Statistical return of the lunatic asylum in Assam - 1912-1932
Year: 1912
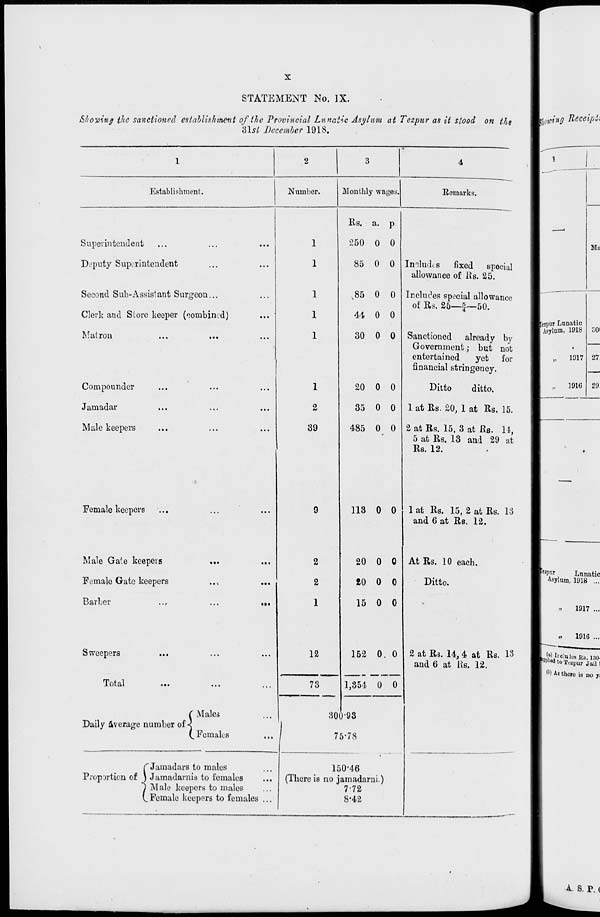
STATEMENT No. IX.
Shoving the sanctioned establishment of (he Provincial Lunatic Asylum at Tezpur as it stood on the
Slsl December 1918.
Establishment.
Number.
Monthly wages.
Remarks.
Superintendent
Deputy Superintendent
Second Sub-Assistant Surgeon...
Clerk and Store keeper (combined)
Matron
Compounder
Jamadar
Male keepers
Female keepers
Male Ga(e keepers
Female Gate keepers
Barber
Sweepers
Total
C Males
Daily Average number of <
(, Females
rJamadars to males
Proportion of J Jamadarnis to females
J Male keepers to males
V. Female keepers to females ...
9
2
2
1
12
73
Rs. a. p
250 0 0
85 0 0
,85 0 0
44 0 0
30 0 0
1
20 0 0
2
35 0 0
39
485 0 0
Includes fixed special
allowance of Rs. 25.
Includes special allowance
of Erf. 25—£—50.
Sanctioned already by
Government; but not
entertained
yet for
financial stringency.
Ditto
ditto.
1 at Rs. 20, 1 at Rs. 15.
2 at Rs. 15, 3 at Rs. 14,
5 at Rs. 13 and 29 at
Rs. 12.
i!
0 0 lat Rs. 15, 2 at Rs. 13
and 6 at Rs. 12.
20 0 0
£0 0 0
15 0 0
At Rs. 10 each.
Ditto.
152 0. 0
1,354 0 0
2 at Rs. 14, 4 at Rs. 13
and 6 at \ie. 12.
300-93
75-78
150-46
(There is no jamadarni.)
772
8-42